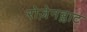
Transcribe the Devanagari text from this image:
रोज़ेनब्लाट